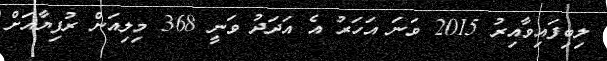
ލިބިފައިވާއިރު 2015 ވަނަ އަހަރު އެ އަދަދު ވަނީ 368 މިލިއަން ރުފިޔާއަށް